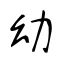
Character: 幼